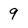
Character: 9